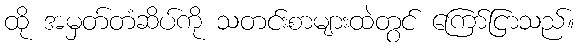
ထို အမှတ်တံဆိပ်ကို သတင်းစာများထဲတွင် ကြော်ငြာသည်။